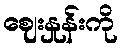
ဈေးနှုန်းကို